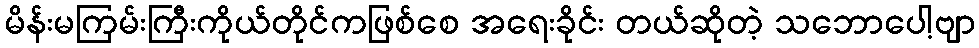
မိန်းမကြမ်းကြီးကိုယ်တိုင်ကဖြစ်စေ အရေးခိုင်း တယ်ဆိုတဲ့ သဘောပေါ့ဗျာ